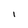
Character: l